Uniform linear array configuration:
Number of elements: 16
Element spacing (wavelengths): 0.25
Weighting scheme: hamming
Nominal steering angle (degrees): -15
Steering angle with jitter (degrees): -15.694
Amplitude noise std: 0.05
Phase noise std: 0.05

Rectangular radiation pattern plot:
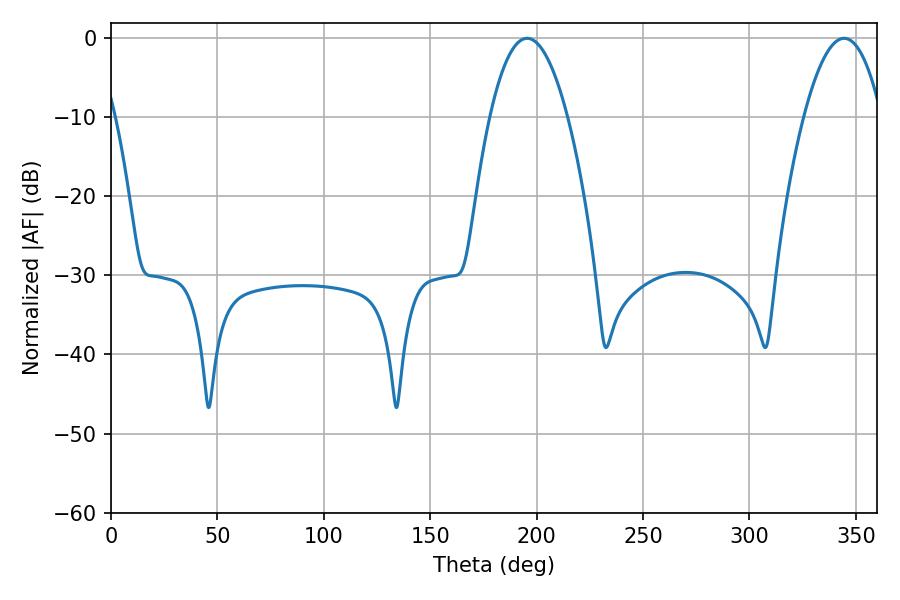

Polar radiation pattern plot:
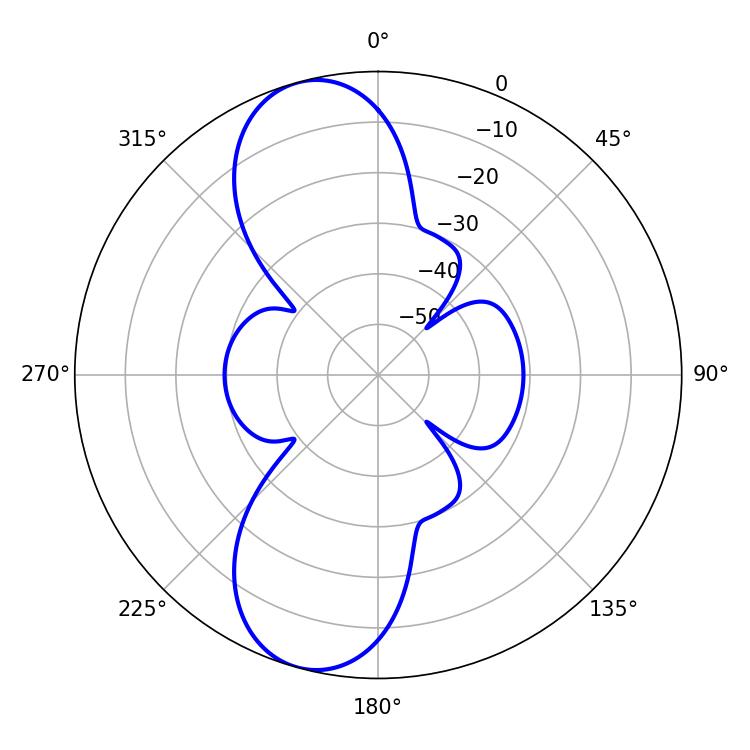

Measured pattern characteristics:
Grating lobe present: FALSE
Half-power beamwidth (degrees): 20.34
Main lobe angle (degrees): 195.48